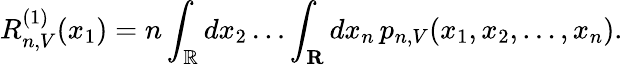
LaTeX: R_{n,V}^{(1)}(x_{1})=n\int_{\mathbb{R}}dx_{2}\dots\int_{\mathbf{R}}dx_{n}\, p_{n,V}(x_{1},x_{2},\dots,x_{n}).